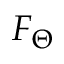
F _ { \Theta }